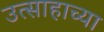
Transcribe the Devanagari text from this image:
उत्साहाच्या